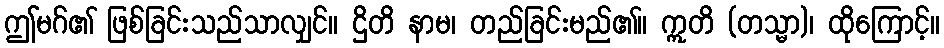
ဤမဂ်၏ ဖြစ်ခြင်းသည်သာလျှင်။ ဌိတိ နာမ၊ တည်ခြင်းမည်၏။ ဣတိ (တသ္မာ)၊ ထိုကြောင့်။